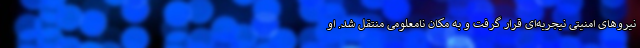
نیروهای امنیتی نیجریه‌ای قرار گرفت و به مکان نامعلومی منتقل شد. او